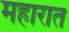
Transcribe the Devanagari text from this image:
महारात